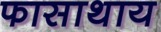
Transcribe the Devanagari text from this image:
फासाथाय